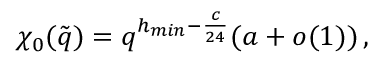
\chi _ { 0 } ( \tilde { q } ) = q ^ { h _ { m i n } - \frac { c } { 2 4 } } ( a + o ( 1 ) ) \, ,